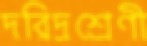
দরিদ্রশ্রেণী